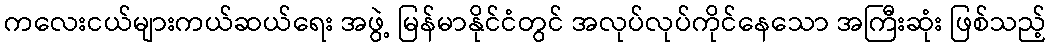
ကလေးငယ်များကယ်ဆယ်ရေး အဖွဲ့ မြန်မာနိုင်ငံတွင် အလုပ်လုပ်ကိုင်နေသော အကြီးဆုံး ဖြစ်သည့်